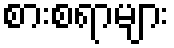
စားစရာများ